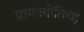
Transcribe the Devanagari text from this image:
प्रागज्योतिच्ह